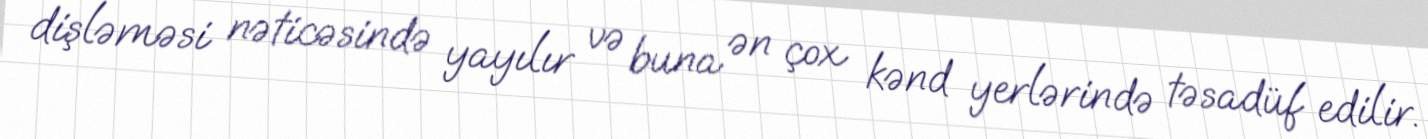
dişləməsi nəticəsində yayılır və buna ən çox kənd yerlərində təsadüf edilir.